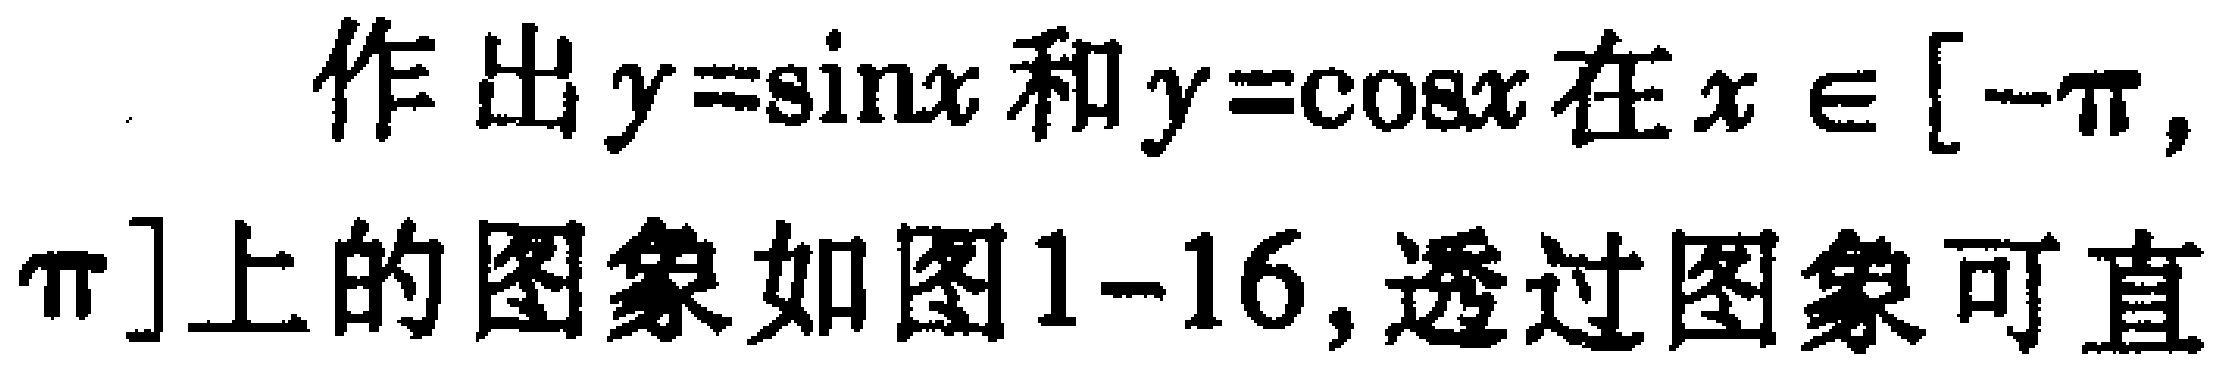
作出\(y = \sin x\)和\(y = \cos x\)在\(x\in[-\pi,\pi]\)上的图象如图1-16,透过图象可直